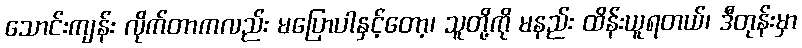
သောင်းကျန်း လိုက်တာကလည်း မပြောပါနှင့်တော့၊ သူတို့ကို မနည်း ထိန်းယူရတယ်၊ ဒီတုန်းမှာ